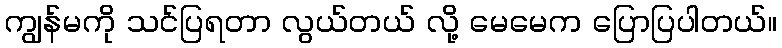
ကျွန်မကို သင်ပြရတာ လွယ်တယ် လို့ မေမေက ပြောပြပါတယ်။